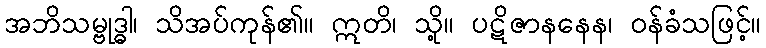
အဘိသမ္ဗုဒ္ဓါ၊ သိအပ်ကုန်၏။ ဣတိ၊ သို့။ ပဋိဇာနနေန၊ ဝန်ခံသဖြင့်။